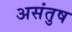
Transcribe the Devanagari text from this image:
असंतुष